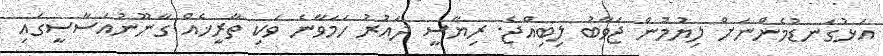
އަޅުގަނޑުމެންނަށް ލިޔުމުން ޖަވާބު ލިބިއްޖެ. ރިޔާސީ ދައުރު ހަމަވާނެ ވަކި ތާރީޚެއް ގާނޫނުއަސާސީގައި